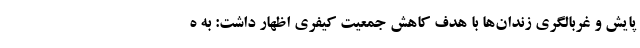
پایش و غربالگری زندان‌ها با هدف کاهش جمعیت کیفری اظهار داشت: به ه